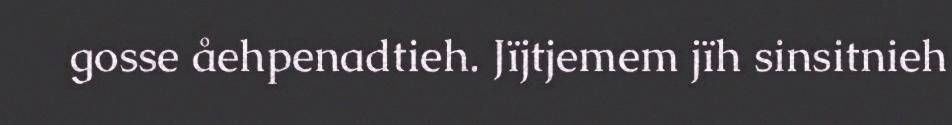
gosse åehpenadtieh. Jïjtjemem jïh sinsitnieh